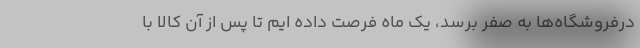
درفروشگاه‌ها به صفر برسد، یک ماه فرصت داده ایم تا پس از آن کالا با